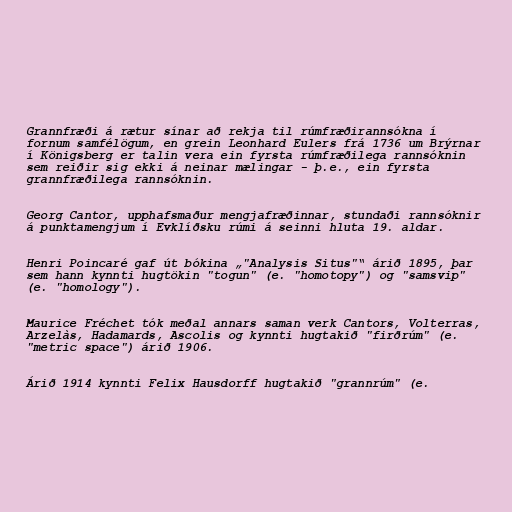
Grannfræði á rætur sínar að rekja til rúmfræðirannsókna í
fornum samfélögum, en grein Leonhard Eulers frá 1736 um Brýrnar
í Königsberg er talin vera ein fyrsta rúmfræðilega rannsóknin
sem reiðir sig ekki á neinar mælingar - þ.e., ein fyrsta
grannfræðilega rannsóknin.

Georg Cantor, upphafsmaður mengjafræðinnar, stundaði rannsóknir
á punktamengjum í Evklíðsku rúmi á seinni hluta 19. aldar.

Henri Poincaré gaf út bókina „"Analysis Situs"“ árið 1895, þar
sem hann kynnti hugtökin "togun" (e. "homotopy") og "samsvip"
(e. "homology").

Maurice Fréchet tók meðal annars saman verk Cantors, Volterras,
Arzelàs, Hadamards, Ascolis og kynnti hugtakið "firðrúm" (e.
"metric space") árið 1906.

Árið 1914 kynnti Felix Hausdorff hugtakið "grannrúm" (e.